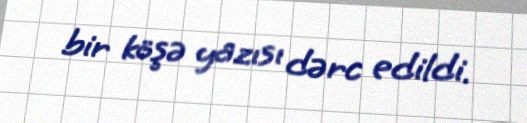
bir köşə yazısı dərc edildi.